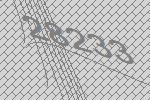
28233